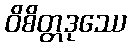
ဝိစိတ္တဒုဿေ